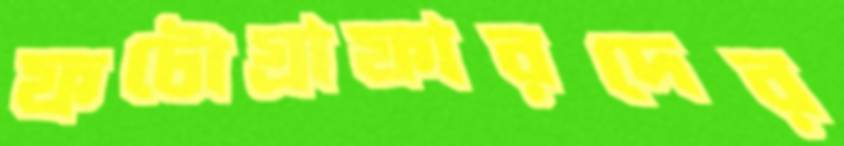
ফটোগ্রাফারদের